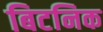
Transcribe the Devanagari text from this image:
बिटनिक